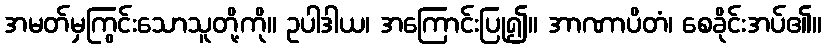
အမတ်မှကြွင်းသောသူတို့ကို။ ဥပါဒါယ၊ အကြောင်းပြု၍။ အာဏာပိတံ၊ စေခိုင်းအပ်၏။